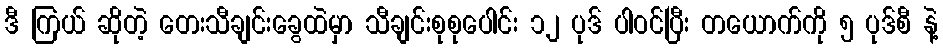
ဒီ ကြယ် ဆိုတဲ့ တေးသီချင်းခွေထဲမှာ သီချင်းစုစုပေါင်း ၁၂ ပုဒ် ပါဝင်ပြီး တယောက်ကို ၅ ပုဒ်စီ နဲ့